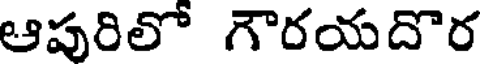
ఆపురిలో గౌరయదొర